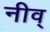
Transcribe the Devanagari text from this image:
नीव्